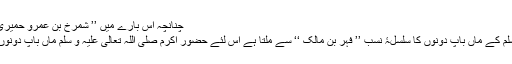
چنانچہ اس بارے میں ’’ شمرخ بن عمرو حمیری ‘‘ کا شعر بہت مشہور ہے کہ
حضور صلی اللہ تعالیٰ علیہ و سلم کے ماں باپ دونوں کا سلسلۂ نسب ’’ فہر بن مالک ‘‘ سے ملتا ہے اس لئے حضور اکرم صلی اللہ تعالیٰ علیہ و سلم ماں باپ دونوں کی طرف سے ’’ قریشی‘‘ ہیں۔